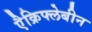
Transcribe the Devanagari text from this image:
एैक्रिफ्लेबीन